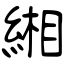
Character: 緗